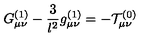
G _ { \mu \nu } ^ { ( 1 ) } - \frac { 3 } { l ^ { 2 } } g _ { \mu \nu } ^ { ( 1 ) } = - { \cal T } _ { \mu \nu } ^ { ( 0 ) }